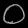
Digit: ၀